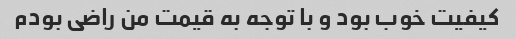
کیفیت خوب بود و با توجه به قیمت من راضی بودم